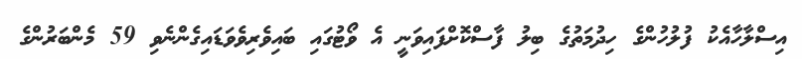
އިސްލާހާއެކު ފުލުހުންގެ ހިދުމަތުގެ ބިލު ފާސްކޮށްފައިވަނީ އެ ވޯޓުގައި ބައިވެރިވެވަޑައިގެންނެވި 59 މެންބަރުންގެ